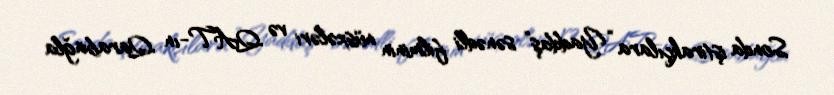
Sonda iştirakçılara “Yaddaş” sənədli filminin nüsxələri və QAT-ın Qarabağla